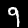
Digit: 9